Civil Veterinary Dept. Assam report 1927-50 - 1927-1950
Year: 1927
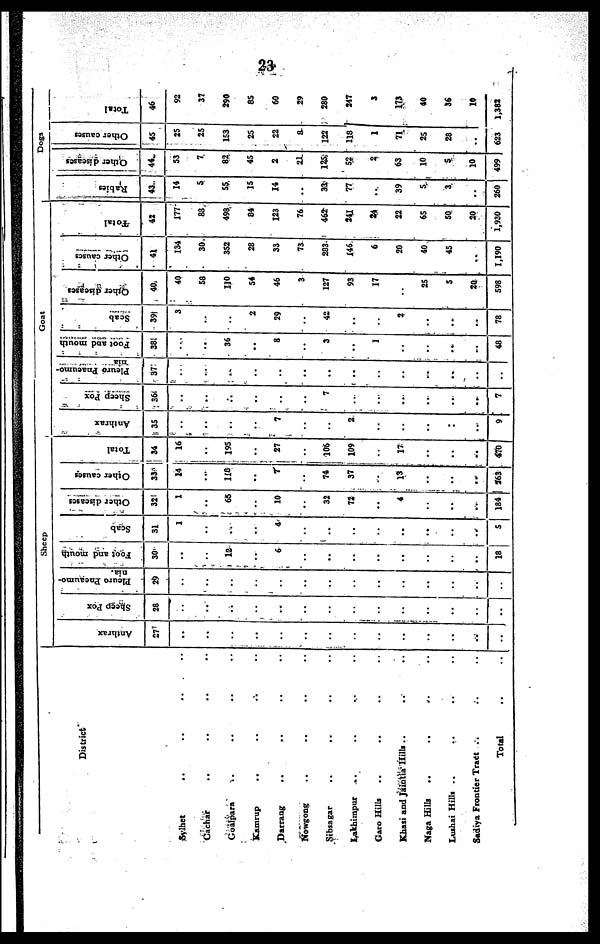
23
District
Sylhet .. .. .. ..
Cachar
.. .. .. ..
Goalpara .. .. .. ..
Kamrup .. .. .. ..
Darrang .. .. .. ..
Nowgong .. .. .. ..
Sibsagar .. .. .. ..
Lakhimpur .. .. .. ..
Garo Hills .. .. .. ..
Khasi and Jaintia Hills .. .. ..
Naga Hills
.. .. .. ..
Lushai Hills .. .. .. ..
Sadiya Frontier Tract .. .. ..
Total .. ..
Sheep
Anthrax
27
..
..
..
..
..
..
..
..
..
..
..
..
..
..
Sheep Pox
28
..
..
..
...
..
..
..
..
..
..
..
..
..
..
Pleuro Pneaumo-
nia.
29
..
..
..
..
..
..
..
..
..
..
..
..
..
..
Foot and mouth
30
..
..
12
..
6
..
..
..
..
..
..
..
..
18
Scab
31
1
..
..
..
4
..
..
..
..
..
..
..
..
5
Other diseases
32
1
..
65
..
10
..
32
72
..
4
..
..
..
184
Other causes
33
14
..
118
..
7
..
74
37
..
13
..
..
..
963
Total
34
16
..
195
..
27
..
106
109
..
17
..
..
..
470
Goat
Anthrax
35
..
..
..
..
7
..
..
2
..
..
..
..
..
9
Sheep Pox
36
..
..
..
..
..
..
7
..
..
..
..
..
..
7
Pleuro Pnacumo-
nia
37
..
..
..
..
..
..
..
..
..
..
..
..
..
..
Foot and mouth
38
..
..
36
..
8
..
3
..
I
..
..
..
..
48
Scab
39
3
..
..
2
29
..
42
..
..
2
..
..
..
78
Other diseases
40
40
58
110
54
46
3
127
93
17
..
25
5
20
598
Other causes
41
134
30
352
28
33
73
283
146
6
20
40
45
..
1,190
Total
42
177
88
498
84
123
76
462
541
24
22
65
50
20
1,930
Dogs
Rabies
43
14
5
55
15
14
..
33
77
..
39
5
3
..
260
Other diseases
44
53
7
82
45
2
21
125
52
2
63
10
5
10
499
Other causes
45
25
25
153
25
22
8
122
118
1
71
25
28
..
623
Total
46
92
37
290
85
60
29
280
247
3
173
40
36
10
1,383